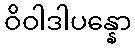
ဝိဝါဒါပန္နော